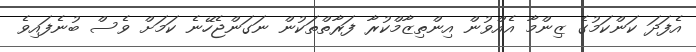
އެފަދަ ކަންކަމުގެ ޒިންމާ އެއްވުން އިންތިޒާމްކުރާ ފަރާތްތަކުން ނަގަންޖެހޭނެ ކަމަށް ވެސް ބުނެފައިވެ